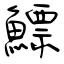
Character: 鰾